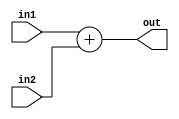
// MUL - Datapath - Adder
//----------------------------------
// Type : module
// Contact : mathewtg.mec@gmail.com
//------------------
//------------------
// Notes :- 
//

module ADD (out,in1,in2);
	input [15:0] in1,in2;
	output reg [15:0] out;

	always @ (*)
	 out = in1 + in2;
endmodule